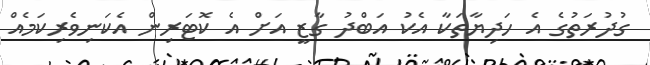
ގުދުރަތުގެ އެ ހަދިޔާތަކާ އެކު އަބްދު ގާޒީ އަށް އެ ކޮޓަރިން އެކަނިވެރިކަމެއް